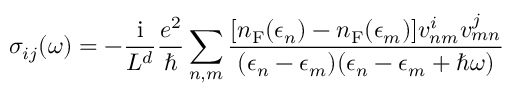
\sigma _ { i j } ( \omega ) = - \frac { \mathrm { i } } { L ^ { d } } \frac { e ^ { 2 } } { \hbar } \sum _ { n , m } \frac { [ n _ { \mathrm { F } } ( \epsilon _ { n } ) - n _ { \mathrm { F } } ( \epsilon _ { m } ) ] v _ { n m } ^ { i } v _ { m n } ^ { j } } { ( \epsilon _ { n } - \epsilon _ { m } ) ( \epsilon _ { n } - \epsilon _ { m } + \hbar \omega ) }